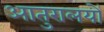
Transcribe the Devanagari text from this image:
आतुरालयों